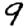
Digit: 9